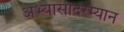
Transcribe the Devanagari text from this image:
अभ्यासादरम्यान